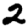
Digit: 2